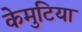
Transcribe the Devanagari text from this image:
केमुटिया